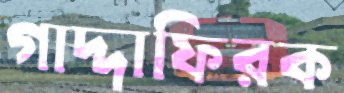
গাদ্দাফিরক